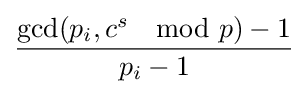
{\frac {\gcd(p_{i},c^{s}\mod p)-1}{p_{i}-1}}